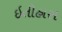
ઇતીહાસ